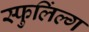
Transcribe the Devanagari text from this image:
स्फुलिंल्ग